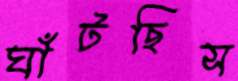
ঘাঁটছিস